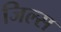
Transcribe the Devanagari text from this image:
जिल्स